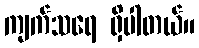
ကျက်သရေ ရှိပါတယ်။